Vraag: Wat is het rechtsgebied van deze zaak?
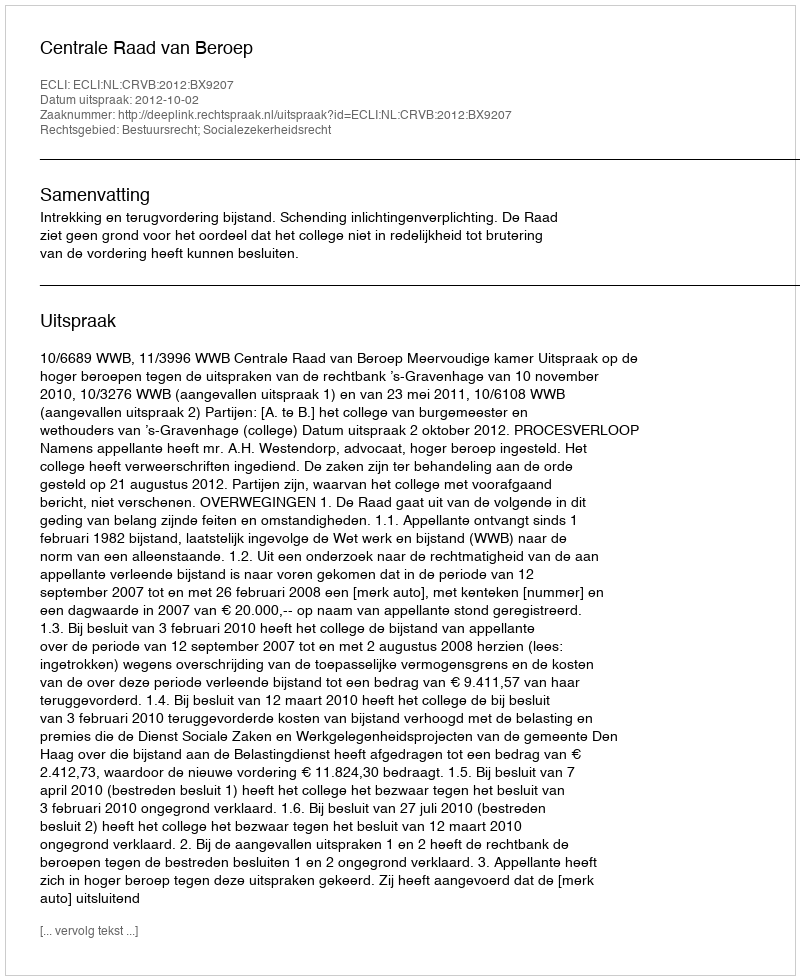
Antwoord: Bestuursrecht; Socialezekerheidsrecht